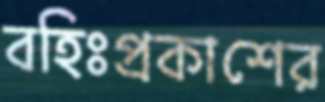
বহিঃপ্রকাশের